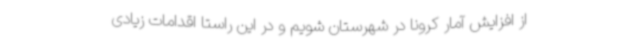
از افزایش آمار کرونا در شهرستان شویم و در این راستا اقدامات زیادی